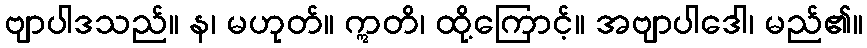
ဗျာပါဒသည်။ န၊ မဟုတ်။ ဣတိ၊ ထို့ကြောင့်။ အဗျာပါဒေါ၊ မည်၏။